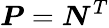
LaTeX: {\boldsymbol{P}}={\boldsymbol{N}}^{T}